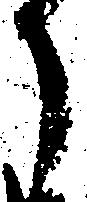
月